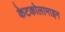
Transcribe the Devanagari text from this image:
केटकोलामाइन